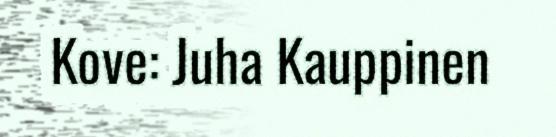
Kove: Juha Kauppinen